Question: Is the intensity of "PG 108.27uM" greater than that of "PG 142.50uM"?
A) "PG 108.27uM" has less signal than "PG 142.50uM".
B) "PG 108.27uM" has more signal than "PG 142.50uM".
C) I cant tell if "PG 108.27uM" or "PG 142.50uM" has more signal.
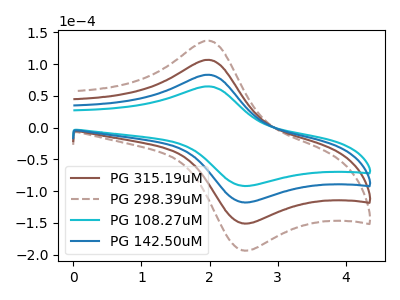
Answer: <think>The brown curve "PG 315.19uM" has an anodic peak at (1.95V, 166.70uA) and a cathodic peak at (2.45V, -234.90uA). The brown dashed curve "PG 298.39uM" has an anodic peak at (1.95V, 250.05uA) and a cathodic peak at (2.45V, -352.40uA). The cyan curve "PG 108.27uM" has an anodic peak at (1.95V, 65.00uA) and a cathodic peak at (2.45V, -91.60uA). The blue curve "PG 142.50uM" has an anodic peak at (1.95V, 83.35uA) and a cathodic peak at (2.45V, -117.45uA).
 All the peaks in "PG 108.27uM" have a peak in "PG 142.50uM" at the same potential. Every peak in "PG 108.27uM" is lower than every peak in "PG 142.50uM".</think>
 <answer>A) "PG 108.27uM" has less signal than "PG 142.50uM".</answer>
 <eval>A</eval>